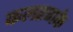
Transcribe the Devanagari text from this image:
कलहणके